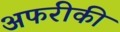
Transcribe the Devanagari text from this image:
अफरीकी